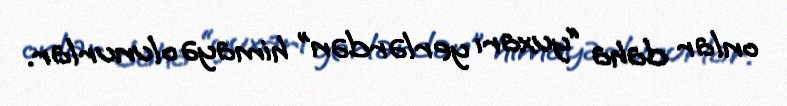
onlar daha “yuxarı yerlərdən” himayə olunurlar.